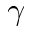
\gamma